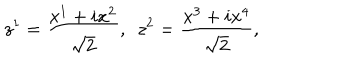
LaTeX: z ^ { 1 } = { \frac { x ^ { 1 } + i x ^ { 2 } } { \sqrt { 2 } } } , ~ ~ z ^ { 2 } = { \frac { x ^ { 3 } + i x ^ { 4 } } { \sqrt { 2 } } } ,